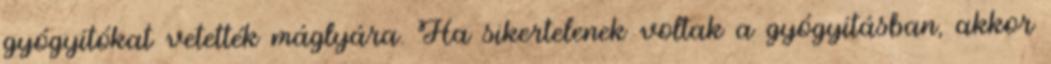
gyógyítókat vetették máglyára. Ha sikertelenek voltak a gyógyításban, akkor